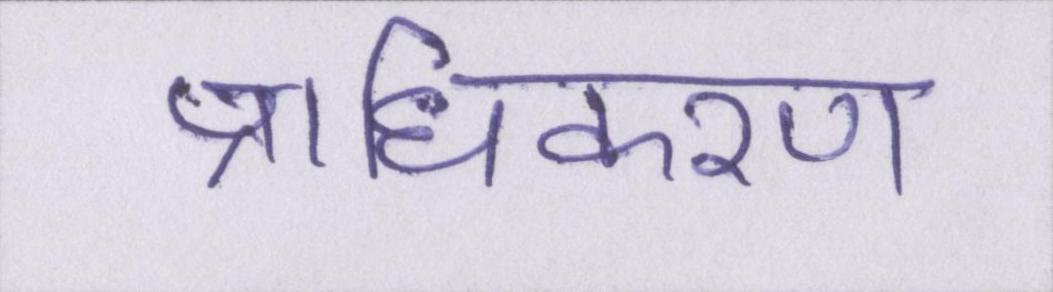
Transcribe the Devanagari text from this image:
प्राधिकरण